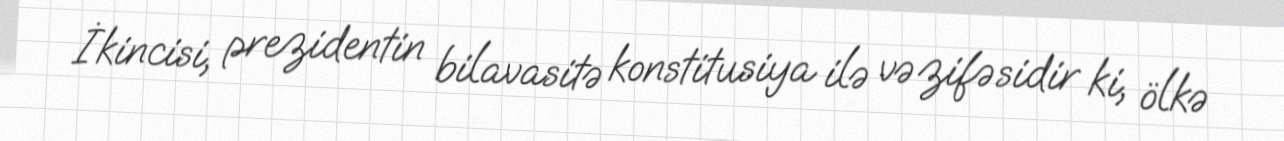
İkincisi, prezidentin bilavasitə konstitusiya ilə vəzifəsidir ki, ölkə